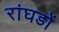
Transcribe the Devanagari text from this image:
रांघडों